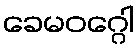
ခေမဝဂ္ဂေါ